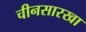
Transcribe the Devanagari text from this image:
चीनसारखा